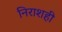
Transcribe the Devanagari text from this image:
निराशही